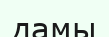
дамы